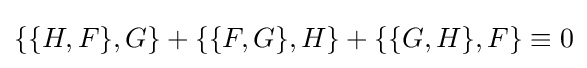
\{\{H,F\},G\}+\{\{F,G\},H\}+\{\{G,H\},F\}\equiv 0